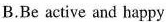
B.Be active and bappy